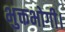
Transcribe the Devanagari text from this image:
भुक्तभोगी।